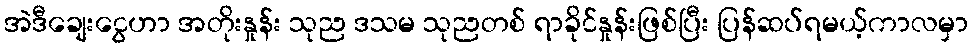
အဲဒီချေးငွေဟာ အတိုးနှုန်း သုည ဒသမ သုညတစ် ရာခိုင်နှုန်းဖြစ်ပြီး ပြန်ဆပ်ရမယ့်ကာလမှာ